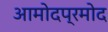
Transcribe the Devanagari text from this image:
आमोदप्रमोद